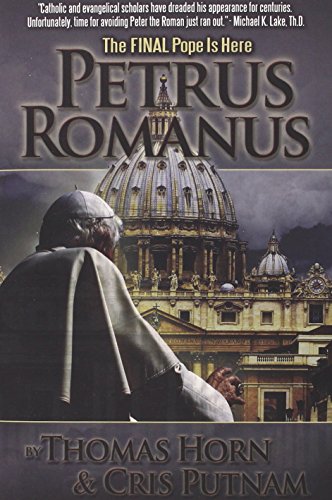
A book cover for Petrus Romanus: The Final Pope Is Here; Thomas Horn; Christian Books & Bibles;